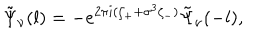
\tilde { \Psi } _ { \nu } ( l ) = - e ^ { 2 \pi i ( \zeta _ { + } + \sigma ^ { 3 } \zeta _ { - } ) } \tilde { \Psi } _ { \nu } ( - l ) ,